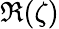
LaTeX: \Re(\zeta)